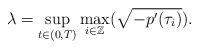
LaTeX: \begin{align*}\lambda=\sup_{t\in(0,T)}\max_{i\in \mathbb Z}(\sqrt{-p'(\tau_i)}).\end{align*}